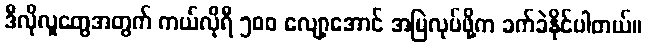
ဒီလိုလူတွေအတွက် ကယ်လိုရီ ၅၀၀ လျော့အောင် အမြဲလုပ်ဖို့က ခက်ခဲနိုင်ပါတယ်။